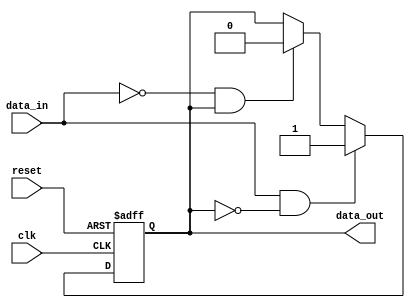
module schmitt_trigger_buffer (
    input wire clk,  // Clock input
    input wire reset,  // Reset input
    input wire data_in,  // Input data
    output reg data_out  // Output data
);

// Parameter for Schmitt trigger hysteresis levels
parameter THRESHOLD_HIGH = 1'b1;
parameter THRESHOLD_LOW = 1'b0;

// Internal state for Schmitt trigger
reg schmitt_state;

always @(posedge clk or posedge reset) begin
    if (reset) begin
        schmitt_state <= THRESHOLD_LOW;
    end else begin
        if (data_in && !schmitt_state) begin
            schmitt_state <= THRESHOLD_HIGH;
        end else if (!data_in && schmitt_state) begin
            schmitt_state <= THRESHOLD_LOW;
        end
    end
end

// Output data based on Schmitt trigger state
always @* begin
    data_out = schmitt_state;
end

endmodule